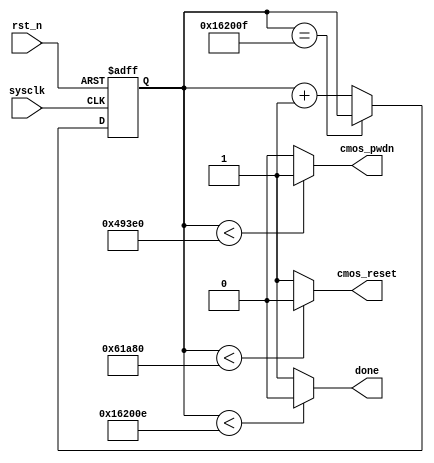
// =========================================================
// 
// designer:               yang shjiang
// description:            the ov5640_powerup module
// 
// =========================================================


module ov5640_powerup(
    // system signals
    input               sysclk      ,       // 50M
    input               rst_n       ,
    // ov5640 interface
    output              cmos_pwdn   ,
    output              cmos_reset  ,
    // other
    output              done        
);

// --------------------------------------------------------
// ************ define parameters and signals ********
// --------------------------------------------------------
localparam      delay_6ms   =   300_000     ;
localparam      delay_2ms   =   100_000     ;
localparam      delay_21ms  =   1_050_000   ;

reg     [20:0]  delay_cnt   ;

// --------------------------------------------------------
// ******************** main code ********************
// --------------------------------------------------------
always @(posedge sysclk or negedge rst_n) begin
    if (rst_n == 1'b0) begin
        delay_cnt   <=  1'b0    ;
    end else if (delay_cnt == delay_21ms+delay_2ms+delay_6ms-1) begin
        delay_cnt   <=  delay_cnt   ;
    end else begin
        delay_cnt   <=  delay_cnt + 1'b1    ;
    end
end

assign cmos_pwdn    = (delay_cnt < delay_6ms) ? 1'b1 : 1'b0             ;
assign cmos_reset   = (delay_cnt < delay_6ms+delay_2ms) ? 1'b0 : 1'b1   ;
assign done         = (delay_cnt < delay_21ms+delay_2ms+delay_6ms-2) ? 1'b0 : 1'b1;

endmodule